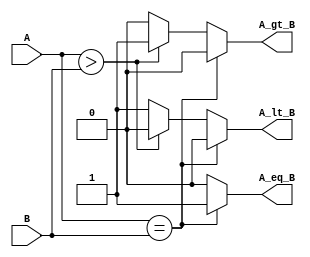
module compare_2_algo (A_lt_B, A_gt_B, A_eq_B, A, B);
  output 		A_lt_B, A_gt_B, A_eq_B;
  input 	[1: 0] 	A, B;
	  
  reg 		A_lt_B, A_gt_B, A_eq_B;

  always @  (A or B)   	// Level-sensitive behavior
  begin
    A_lt_B = 0;
    A_gt_B = 0;
    A_eq_B = 0;
    if (A == B) A_eq_B = 1; 	// Note: parentheses are required
    else if (A > B) 	A_gt_B = 1;
    else 	A_lt_B = 1;
  end
endmodule